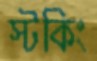
স্টকিং